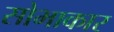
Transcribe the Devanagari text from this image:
सोभाकार